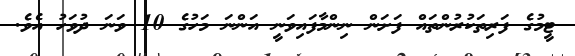
ޓީމުގެ ފަރިތަކުރުންތައް ފަށަން ނިންމާފައިވަނީ އަންނަ މަހުގެ 10 ވަނަ ދުވަހު އެވެ.